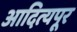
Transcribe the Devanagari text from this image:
आदित्यपूर